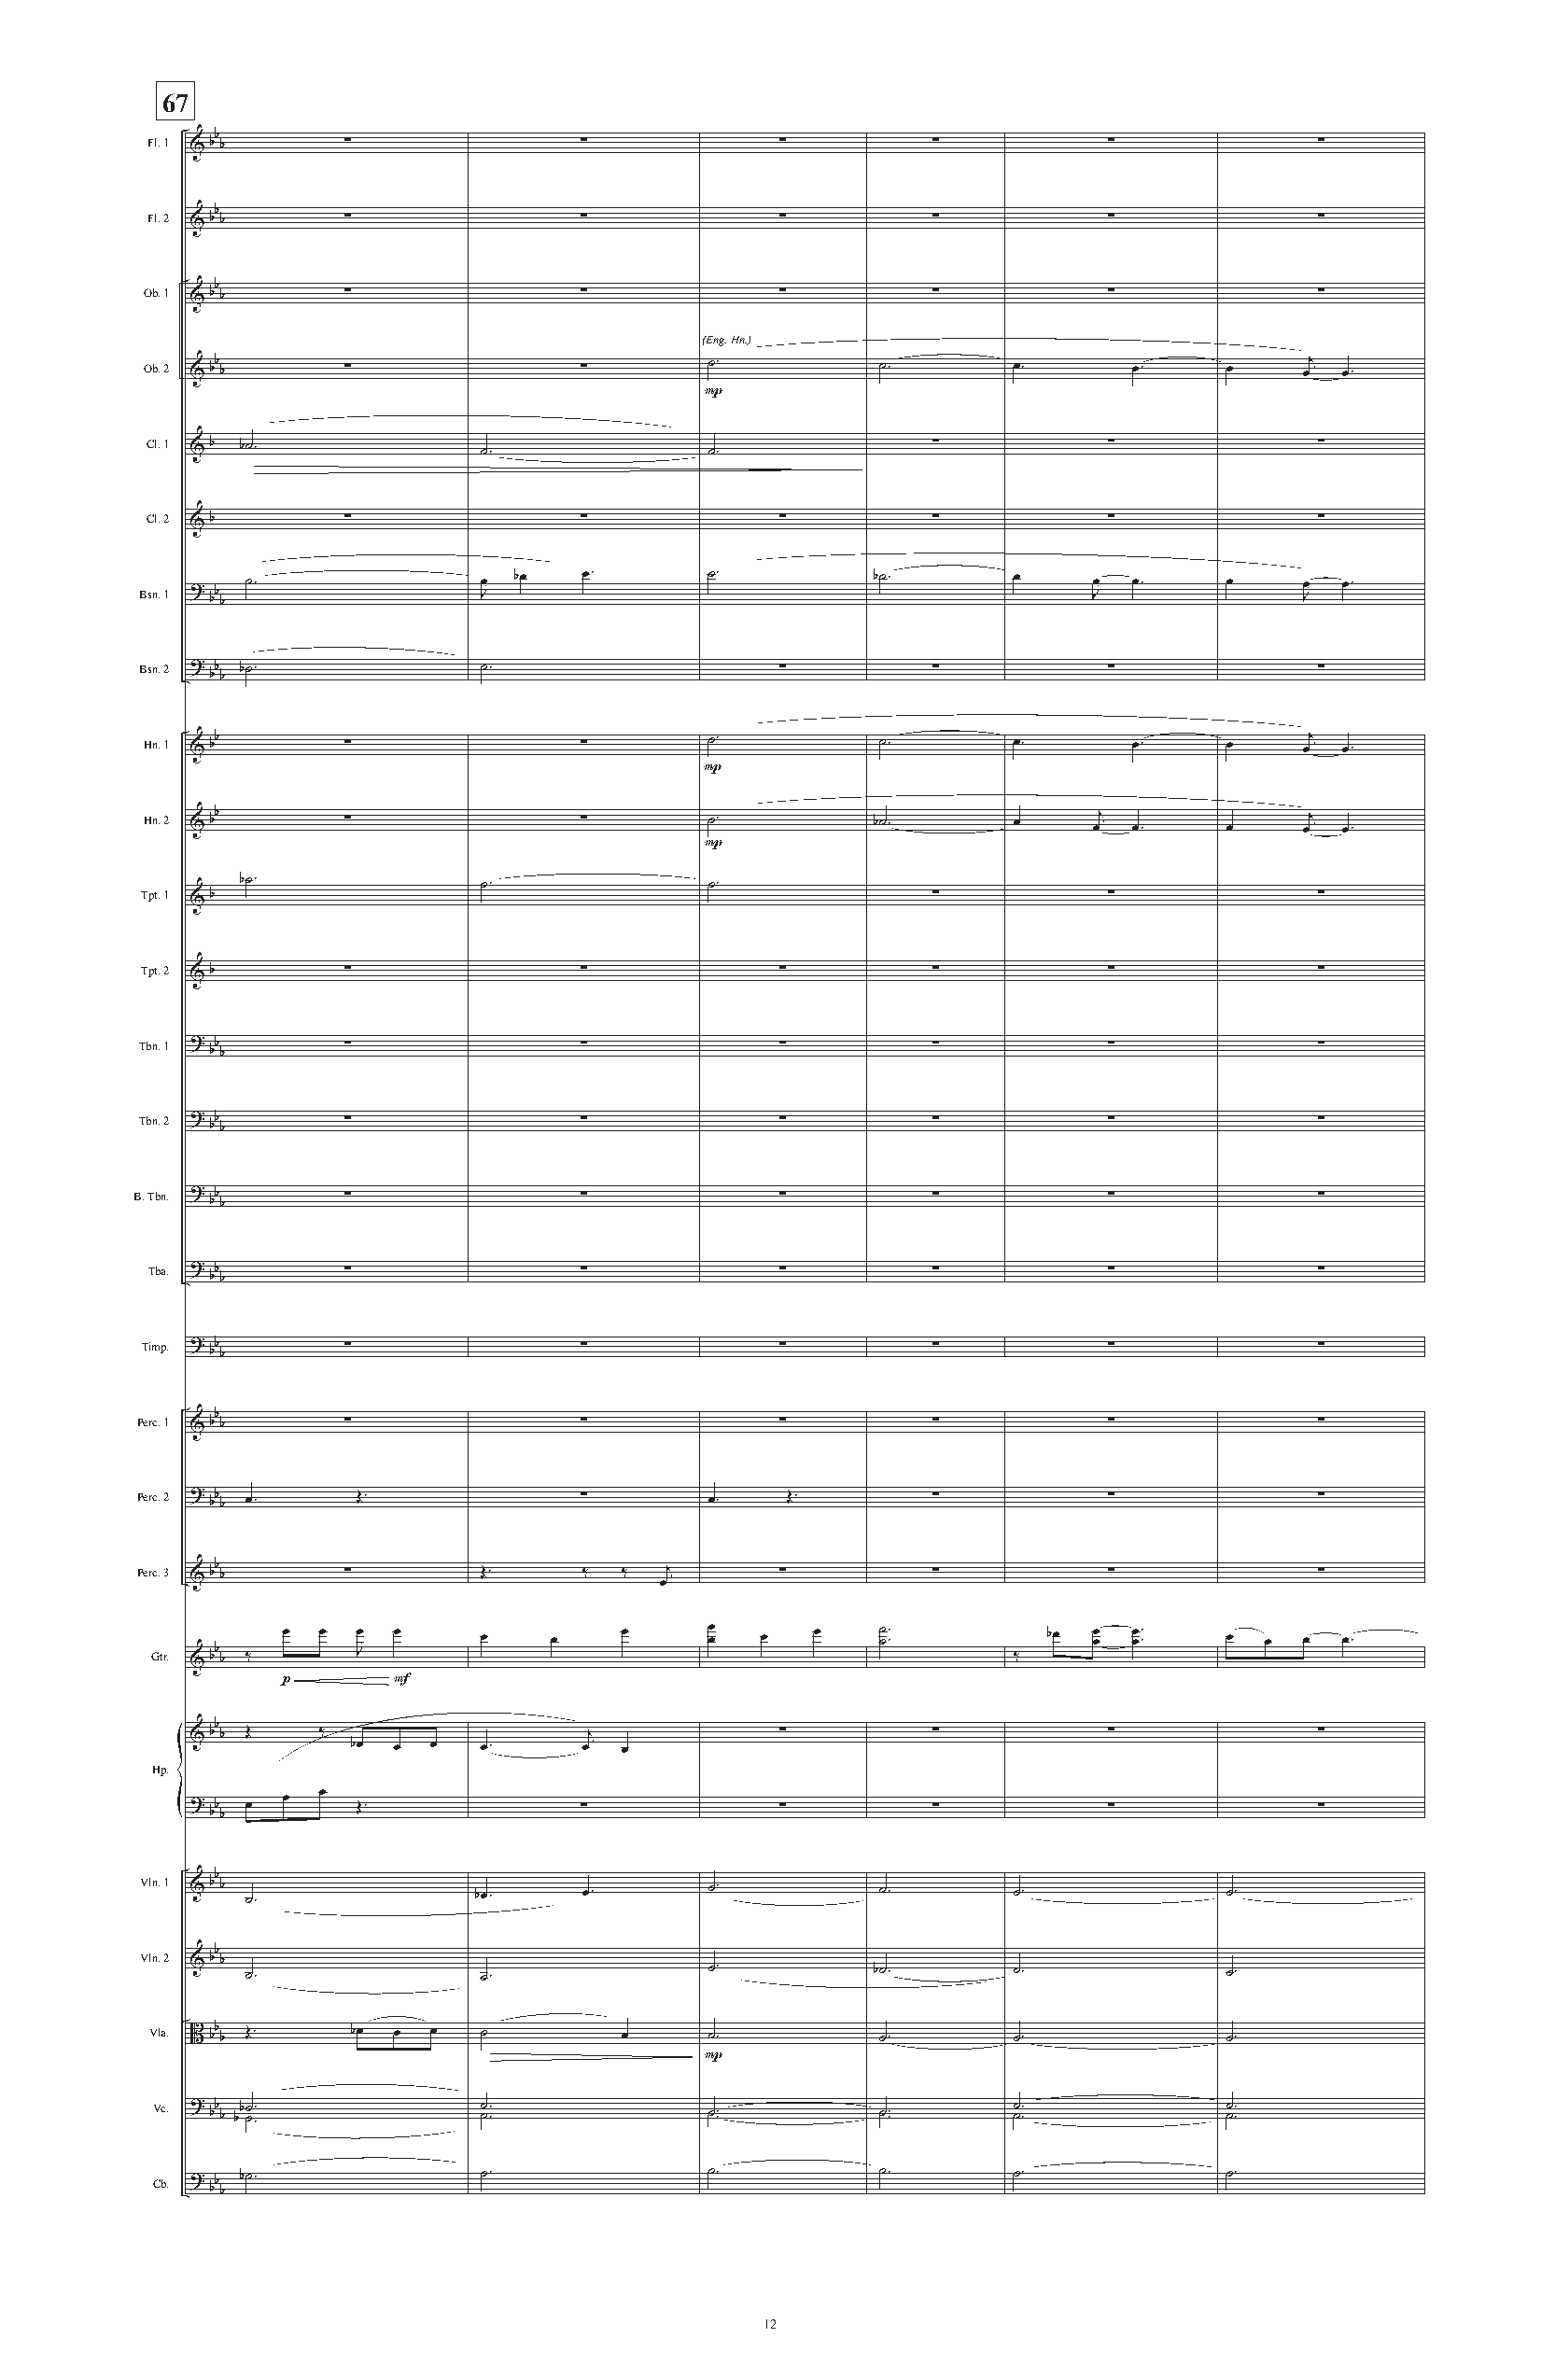
67
 Fl. 1 &bb b   ∑                ∑             ∑          ∑            ∑             ∑
 Fl. 2 &bb b   ∑                ∑             ∑          ∑            ∑             ∑
 Ob. 1 &bb b   ∑                ∑             ∑          ∑            ∑             ∑
 (Eng. Hn.)
 Ob. 2 &bb b   ∑                ∑        ˙.          ˙.        œ.      œ.     œ    œj œ.
 P
 Cl. 1 &b b˙.            ˙.              ˙.              ∑            ∑             ∑
 Cl. 2 &b      ∑                ∑             ∑          ∑            ∑             ∑
 Bsn. 1 ? bb
 b
 ˙.               Jœ bœ  œ.       ˙.          b˙.       œ    Jœ œ.     œ    Jœ œ.
 Bsn. 2 ? bb
 b
 b˙.              ˙.                   ∑          ∑            ∑             ∑
 Hn. 1 &bb     ∑                ∑        ˙.          ˙.        œ.      œ.     œ    œj œ.
 P
 Hn. 2 &bb     ∑                ∑        ˙.          b˙.       œ    œj œ.     œ    œj œ.
 P
 Tpt. 1 &b
 b˙.              ˙.              ˙.
 ∑            ∑             ∑
 Tpt. 2 &b     ∑                ∑             ∑          ∑            ∑             ∑
 Tbn. 1 ? bb
 b
 ∑                ∑             ∑          ∑            ∑             ∑
 Tbn. 2 ? bb
 b
 ∑                ∑             ∑          ∑            ∑             ∑
 B. Tbn. ? bb
 b
 ∑                ∑             ∑          ∑            ∑             ∑
 Tba. ? bb
 b
 ∑                ∑             ∑          ∑            ∑             ∑
 Timp. ? bb
 b
 ∑                ∑             ∑          ∑            ∑             ∑
 Perc. 1 &bb b ∑                ∑             ∑          ∑            ∑             ∑
 Perc. 2 ? bb b œ. Œ.           ∑        œ.    Œ.        ∑            ∑             ∑
 Perc. 3 &bb b ∑         Œ.     ‰  ‰  œj      ∑          ∑            ∑             ∑
 œ  œ œ  œ     œ    œ    œ     œ œ œ   œ   ˙ ˙. .      bœ œ œ œ œ. . œ œ œ  œ.
 Gtr. &bb b ‰  J                                              ‰
 p       F
 b
 &bb Œ     ‰                  j            ∑          ∑            ∑             ∑
 bœ œ  œ  œ.     œ  œ
 Hp.
 ? bb
 b
 œ  œ  œ Œ.              ∑             ∑          ∑            ∑             ∑
 Vln. 1 &bb
 b ˙.              bœ.    œ.       ˙.          ˙.        ˙.             ˙.
 Vln. 2 &bb
 b ˙.              ˙.              ˙.          b˙.       ˙.             ˙.
 Vla. B bb b Œ. bœ œ œ  ˙         œ     ˙.          ˙.        ˙.             ˙.
 P
 Vc. ? bb b bb˙ ˙. .    ˙ ˙. .          ˙˙..        ˙˙..      ˙ ˙. .         ˙ ˙. .
 Cb. ? b b˙.            ˙.              ˙.          ˙.        ˙.             ˙.
 bb
 12